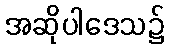
အဆိုပါဒေသ၌